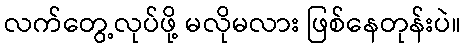
လက်တွေ့လုပ်ဖို့ မလိုမလား ဖြစ်နေတုန်းပဲ။